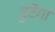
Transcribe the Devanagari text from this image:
टुटेगा